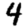
Digit: 4